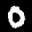
Label: 0